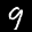
Label: 9